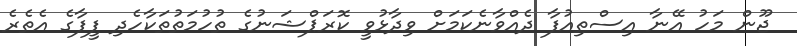
ޖޫން މަހު އޭނާ އިސްތިއުފާ ދެއްވާނެކަމަށް ވިދާޅުވީ ކޮރަޕްޝަނުގެ ތުހުމަތުތަކާހެދި ފީފާގެ އެތެރެ